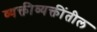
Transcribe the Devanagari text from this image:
व्यक्तीव्यक्तींतील